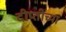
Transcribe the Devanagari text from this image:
दीप्तीच्या